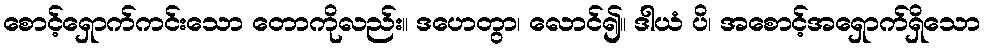
စောင့်ရှောက်ကင်းသော တောကိုလည်း။ ဒဟေတွာ၊ လောင်၍။ ဒါယံ ပိ၊ အစောင့်အရှောက်ရှိသော